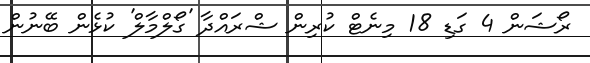
ރޯޝަން 4 ގަޑި 18 މިނެޓް ކުރިން ޝްރައްދާ 'ގޯލްމާލް' ކުޅެން ބޭނުން